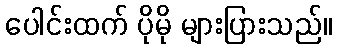
ပေါင်းထက် ပိုမို များပြားသည်။